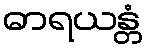
ဓာရယန္တံ